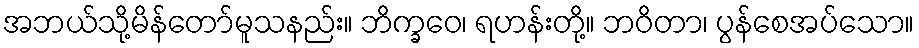
အဘယ်သို့မိန်တော်မူသနည်း။ ဘိက္ခဝေ၊ ရဟန်းတို့။ ဘဝိတာ၊ ပွန်စေအပ်သော။